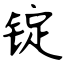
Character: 锭